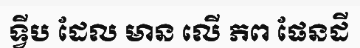
ទ្វីប ដែល មាន លើ ភព ផែនដី